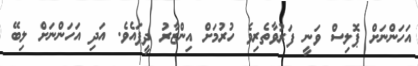
އަހަންނަށް ޕޮލިސް ވަނީ ފަރުވާތެރިވެ ހުރުމަށް އިންޒާރު ދީފައެވެ. އަދި އަހަންނަށް ލިބޭ